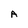
Character: A